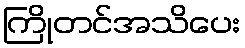
ကြိုတင်အသိပေး